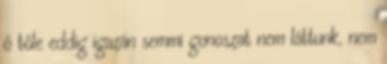
ő tőle eddig igazán semmi gonoszat nem láttunk, nem